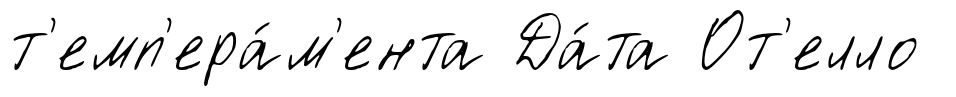
т'емп'ера́м'ента Да́та От'елло